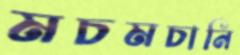
মচমচানি